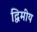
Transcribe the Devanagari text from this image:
द्विमीय